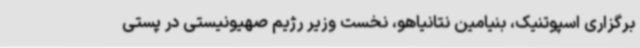
برگزاری اسپوتنیک، بنیامین نتانیاهو، نخست وزیر رژیم صهیونیستی در پستی